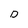
Character: D